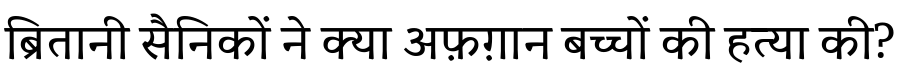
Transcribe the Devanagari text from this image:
ब्रितानी सैनिकों ने क्या अफ़ग़ान बच्चों की हत्या की?